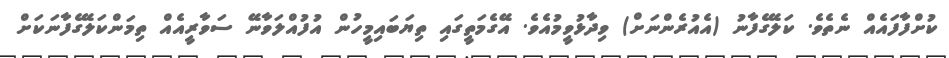
ކުށްފާފައެއް ނެތެވެ. ކަލޭގެފާނު (އެއުރެންނަށް) ވިދާޅުވީމުއެވެ. އޭގެމަތީގައި ތިޔަބައިމީހުން އުފުއްލަވާނޭ ސަވާރީއެއް ތިމަންކަލޭގެފާނަކަށް